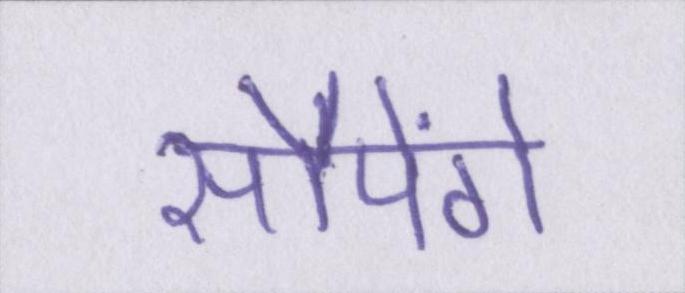
सौपेंगे